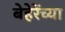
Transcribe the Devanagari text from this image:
बेहेरेंच्या